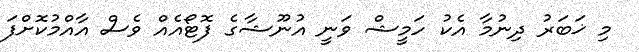
މި ޚަބަރު ދިނުމާ އެކު ހަމީޝް ވަނީ އުނޫޝާގެ ފޮޓޯއެއް ވެސް އާއްމުކޮށްފަ